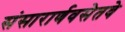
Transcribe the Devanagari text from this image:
संसारार्णवसेतवे